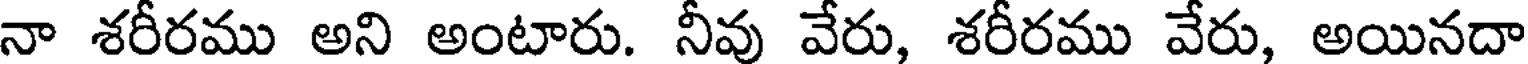
నా శరీరము అని అంటారు. నీవు వేరు, శరీరము వేరు, అయినదా